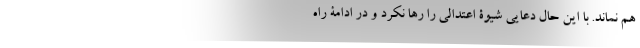
هم نماند. با این حال دعایی شیوۀ اعتدالی را رها نکرد و در ادامۀ راه